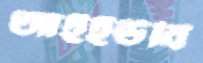
আইইউবি